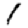
Digit: 1